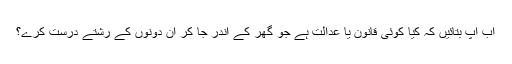
اب آپ بتائیں کہ کیا کوئی قانون یا عدالت ہے جو گھر کے اندر جا کر ان دونوں کے رشتے درست کرے؟